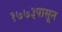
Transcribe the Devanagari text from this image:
१७७३पासून